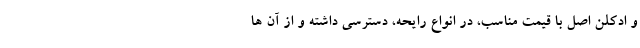
و ادکلن اصل با قیمت مناسب، در انواع رایحه، دسترسی داشته و از آن ها